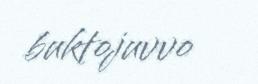
buktojuvvo